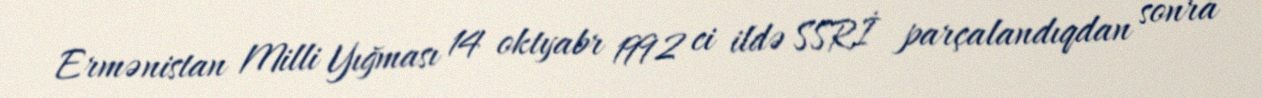
Ermənistan Milli Yığması 14 oktyabr 1992 ci ildə SSRİ parçalandıqdan sonra